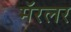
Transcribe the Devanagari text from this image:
मॅरलर